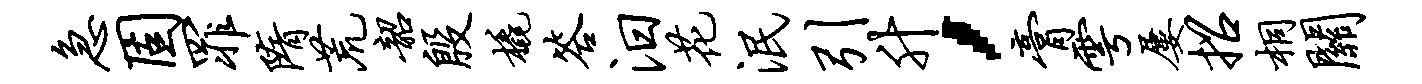
急固罪隋荒韶殷橇答汨花泯引升，膏雩屡招桐关